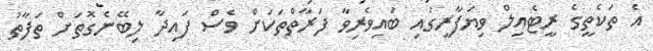
އެ ތަކެތީގެ ރީޓެއިލް ވިޔަފާރީގައި ބައިވެރިވާ ފަރާތްތަކަށް ވެސް ފައިދާ ލިބޭނެގޮތަށް ތަފާތު